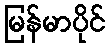
မြန်မာပိုင်